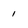
Character: 1